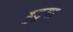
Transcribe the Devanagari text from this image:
हुडुगा